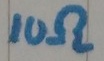
Text: 10Ω